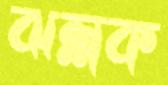
ঝল্লক